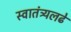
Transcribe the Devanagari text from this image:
स्वातंत्र्यलढे